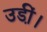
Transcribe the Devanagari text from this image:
उडी़ं।